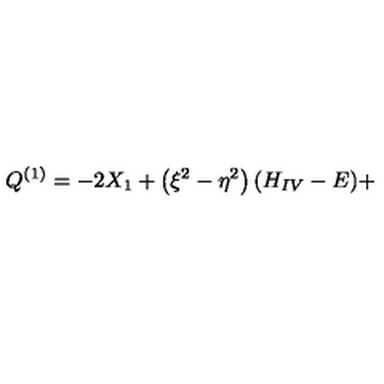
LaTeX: Q ^ { ( 1 ) } = - 2 X _ { 1 } + \left( \xi ^ { 2 } - \eta ^ { 2 } \right) ( H _ { I V } - E ) +